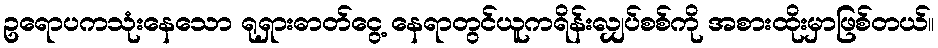
ဥရောပကသုံးနေသော ရုရှားဓာတ်ငွေ့ နေရာတွင်ယူကရိန်းလျှပ်စစ်ကို အစားထိုးမှာဖြစ်တယ်။